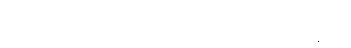
အရဟတ္တဖိုလ်မရလျှင် စကားမပြောဟု ဓိဋ္ဌာန်ကျင့်ပုံ။